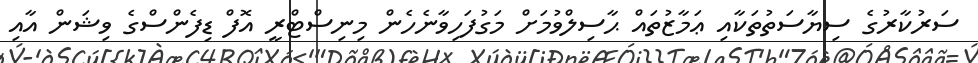
ސަރުކާރުގެ ސިޔާސަތުތަކާއި ޢަމާޒުތައް ޙާސިލްވުމަށް މަގުފަހިވާނެހެން މިނިސްޓްރީ އޮފް ޑިފެންސްގެ ވިޝަން އާއި